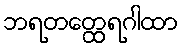
ဘရတတ္ထေရဂါထာ